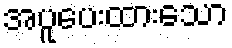
အပူပေးထားသော